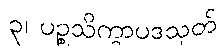
၃၊ ပဉ္စသိက္ခာပဒသုတ်